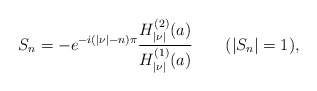
\begin{align*}S_{n}=-e^{-i(|\nu|-n)\pi}{H_{|\nu|}^{(2)}(a)\over H_{|\nu|}^{(1)}(a)}\qquad(|S_{n}|=1),\end{align*}